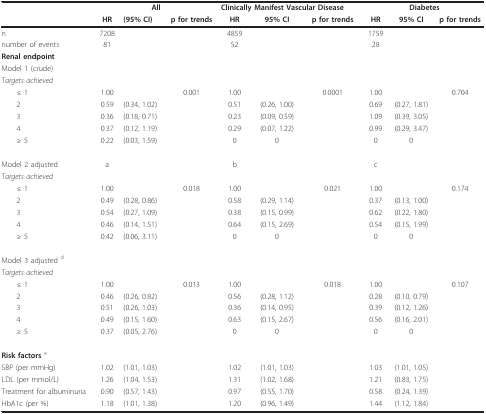
<table><thead><tr><td></td><td colspan="3"><b>All</b></td><td colspan="3"><b>Clinically Manifest Vascular Disease</b></td><td colspan="3"><b>Diabetes</b></td></tr><tr><td></td><td><b>HR</b></td><td><b>(95% CI)</b></td><td><b>p for trends</b></td><td><b>HR</b></td><td><b>95% CI</b></td><td><b>p for trends</b></td><td><b>HR</b></td><td><b>95% CI</b></td><td><b>p for trends</b></td></tr></thead><tbody><tr><td>n</td><td>7208</td><td></td><td></td><td>4859</td><td></td><td></td><td>1759</td><td></td><td></td></tr><tr><td>number of events</td><td>81</td><td></td><td></td><td>52</td><td></td><td></td><td>28</td><td></td><td></td></tr><tr><td><b>Renal endpoint</b></td><td></td><td></td><td></td><td></td><td></td><td></td><td></td><td></td><td></td></tr><tr><td>Model 1 (crude)</td><td></td><td></td><td></td><td></td><td></td><td></td><td></td><td></td><td></td></tr><tr><td><i>Targets achieved </i></td><td></td><td></td><td></td><td></td><td></td><td></td><td></td><td></td><td></td></tr><tr><td> ≤ 1</td><td>1.00</td><td></td><td>0.001</td><td>1.00</td><td></td><td>0.0001</td><td>1.00</td><td></td><td>0.704</td></tr><tr><td> 2</td><td>0.59</td><td>(0.34, 1.02)</td><td></td><td>0.51</td><td>(0.26, 1.00)</td><td></td><td>0.69</td><td>(0.27, 1.81)</td><td></td></tr><tr><td> 3</td><td>0.36</td><td>(0.18, 0.71)</td><td></td><td>0.23</td><td>(0.09, 0.59)</td><td></td><td>1.09</td><td>(0.39, 3.05)</td><td></td></tr><tr><td> 4</td><td>0.37</td><td>(0.12, 1.19)</td><td></td><td>0.29</td><td>(0.07, 1.22)</td><td></td><td>0.99</td><td>(0.29, 3.47)</td><td></td></tr><tr><td> ≥ 5</td><td>0.22</td><td>(0.03, 1.59)</td><td></td><td>0</td><td>0</td><td></td><td>0</td><td>0</td><td></td></tr><tr><td>Model 2 adjusted</td><td>a</td><td></td><td></td><td>b</td><td></td><td></td><td>c</td><td></td><td></td></tr><tr><td><i>Targets achieved </i></td><td></td><td></td><td></td><td></td><td></td><td></td><td></td><td></td><td></td></tr><tr><td> ≤ 1</td><td>1.00</td><td></td><td>0.018</td><td>1.00</td><td></td><td>0.021</td><td>1.00</td><td></td><td>0.174</td></tr><tr><td> 2</td><td>0.49</td><td>(0.28, 0.86)</td><td></td><td>0.58</td><td>(0.29, 1.14)</td><td></td><td>0.37</td><td>(0.13, 1.00)</td><td></td></tr><tr><td> 3</td><td>0.54</td><td>(0.27, 1.09)</td><td></td><td>0.38</td><td>(0.15, 0.99)</td><td></td><td>0.62</td><td>(0.22, 1.80)</td><td></td></tr><tr><td> 4</td><td>0.46</td><td>(0.14, 1.51)</td><td></td><td>0.64</td><td>(0.15, 2.69)</td><td></td><td>0.54</td><td>(0.15, 1.99)</td><td></td></tr><tr><td> ≥ 5</td><td>0.42</td><td>(0.06, 3.11)</td><td></td><td>0</td><td>0</td><td></td><td>0</td><td>0</td><td></td></tr><tr><td>Model 3 adjusted <sup>d</sup></td><td></td><td></td><td></td><td></td><td></td><td></td><td></td><td></td><td></td></tr><tr><td><i>Targets achieved </i></td><td></td><td></td><td></td><td></td><td></td><td></td><td></td><td></td><td></td></tr><tr><td> ≤ 1</td><td>1.00</td><td></td><td>0.013</td><td>1.00</td><td></td><td>0.018</td><td>1.00</td><td></td><td>0.107</td></tr><tr><td> 2</td><td>0.46</td><td>(0.26, 0.82)</td><td></td><td>0.56</td><td>(0.28, 1.12)</td><td></td><td>0.28</td><td>(0.10, 0.79)</td><td></td></tr><tr><td> 3</td><td>0.51</td><td>(0.26, 1.03)</td><td></td><td>0.36</td><td>(0.14, 0.95)</td><td></td><td>0.39</td><td>(0.12, 1.26)</td><td></td></tr><tr><td> 4</td><td>0.49</td><td>(0.15, 1.60)</td><td></td><td>0.63</td><td>(0.15, 2.67)</td><td></td><td>0.56</td><td>(0.16, 2.01)</td><td></td></tr><tr><td> ≥ 5</td><td>0.37</td><td>(0.05, 2.76)</td><td></td><td>0</td><td>0</td><td></td><td>0</td><td>0</td><td></td></tr><tr><td><b>Risk factors </b><sup>e</sup></td><td></td><td></td><td></td><td></td><td></td><td></td><td></td><td></td><td></td></tr><tr><td>SBP (per mmHg)</td><td>1.02</td><td>(1.01, 1.03)</td><td></td><td>1.02</td><td>(1.01, 1.03)</td><td></td><td>1.03</td><td>(1.01, 1.05)</td><td></td></tr><tr><td>LDL (per mmol/L)</td><td>1.26</td><td>(1.04, 1.53)</td><td></td><td>1.31</td><td>(1.02, 1.68)</td><td></td><td>1.21</td><td>(0.83, 1.75)</td><td></td></tr><tr><td>Treatment for albuminuria</td><td>0.90</td><td>(0.57, 1.43)</td><td></td><td>0.97</td><td>(0.55, 1.70)</td><td></td><td>0.58</td><td>(0.24, 1.39)</td><td></td></tr><tr><td>HbA1c (per %)</td><td>1.18</td><td>(1.01, 1.38)</td><td></td><td>1.20</td><td>(0.96, 1.49)</td><td></td><td>1.44</td><td>(1.12, 1.84)</td><td></td></tr></tbody></table>